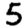
Digit: 5